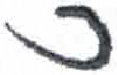
אות: כ